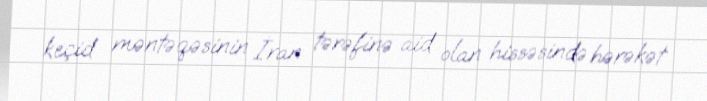
keçid məntəqəsinin İran tərəfinə aid olan hissəsində hərəkət